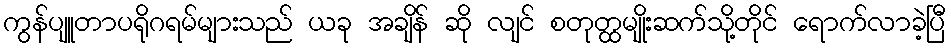
ကွန်ပျူတာပရိုဂရမ်များသည် ယခု အချိန် ဆို လျင် စတုတ္ထမျိုးဆက်သို့တိုင် ရောက်လာခဲ့ပြီ